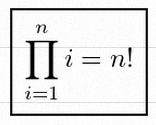
\prod_{i=1}^{n}i=n!